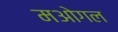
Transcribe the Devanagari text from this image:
मओगल